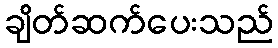
ချိတ်ဆက်ပေးသည်